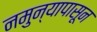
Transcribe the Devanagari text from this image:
नमुन्यापासून